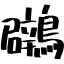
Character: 鸊